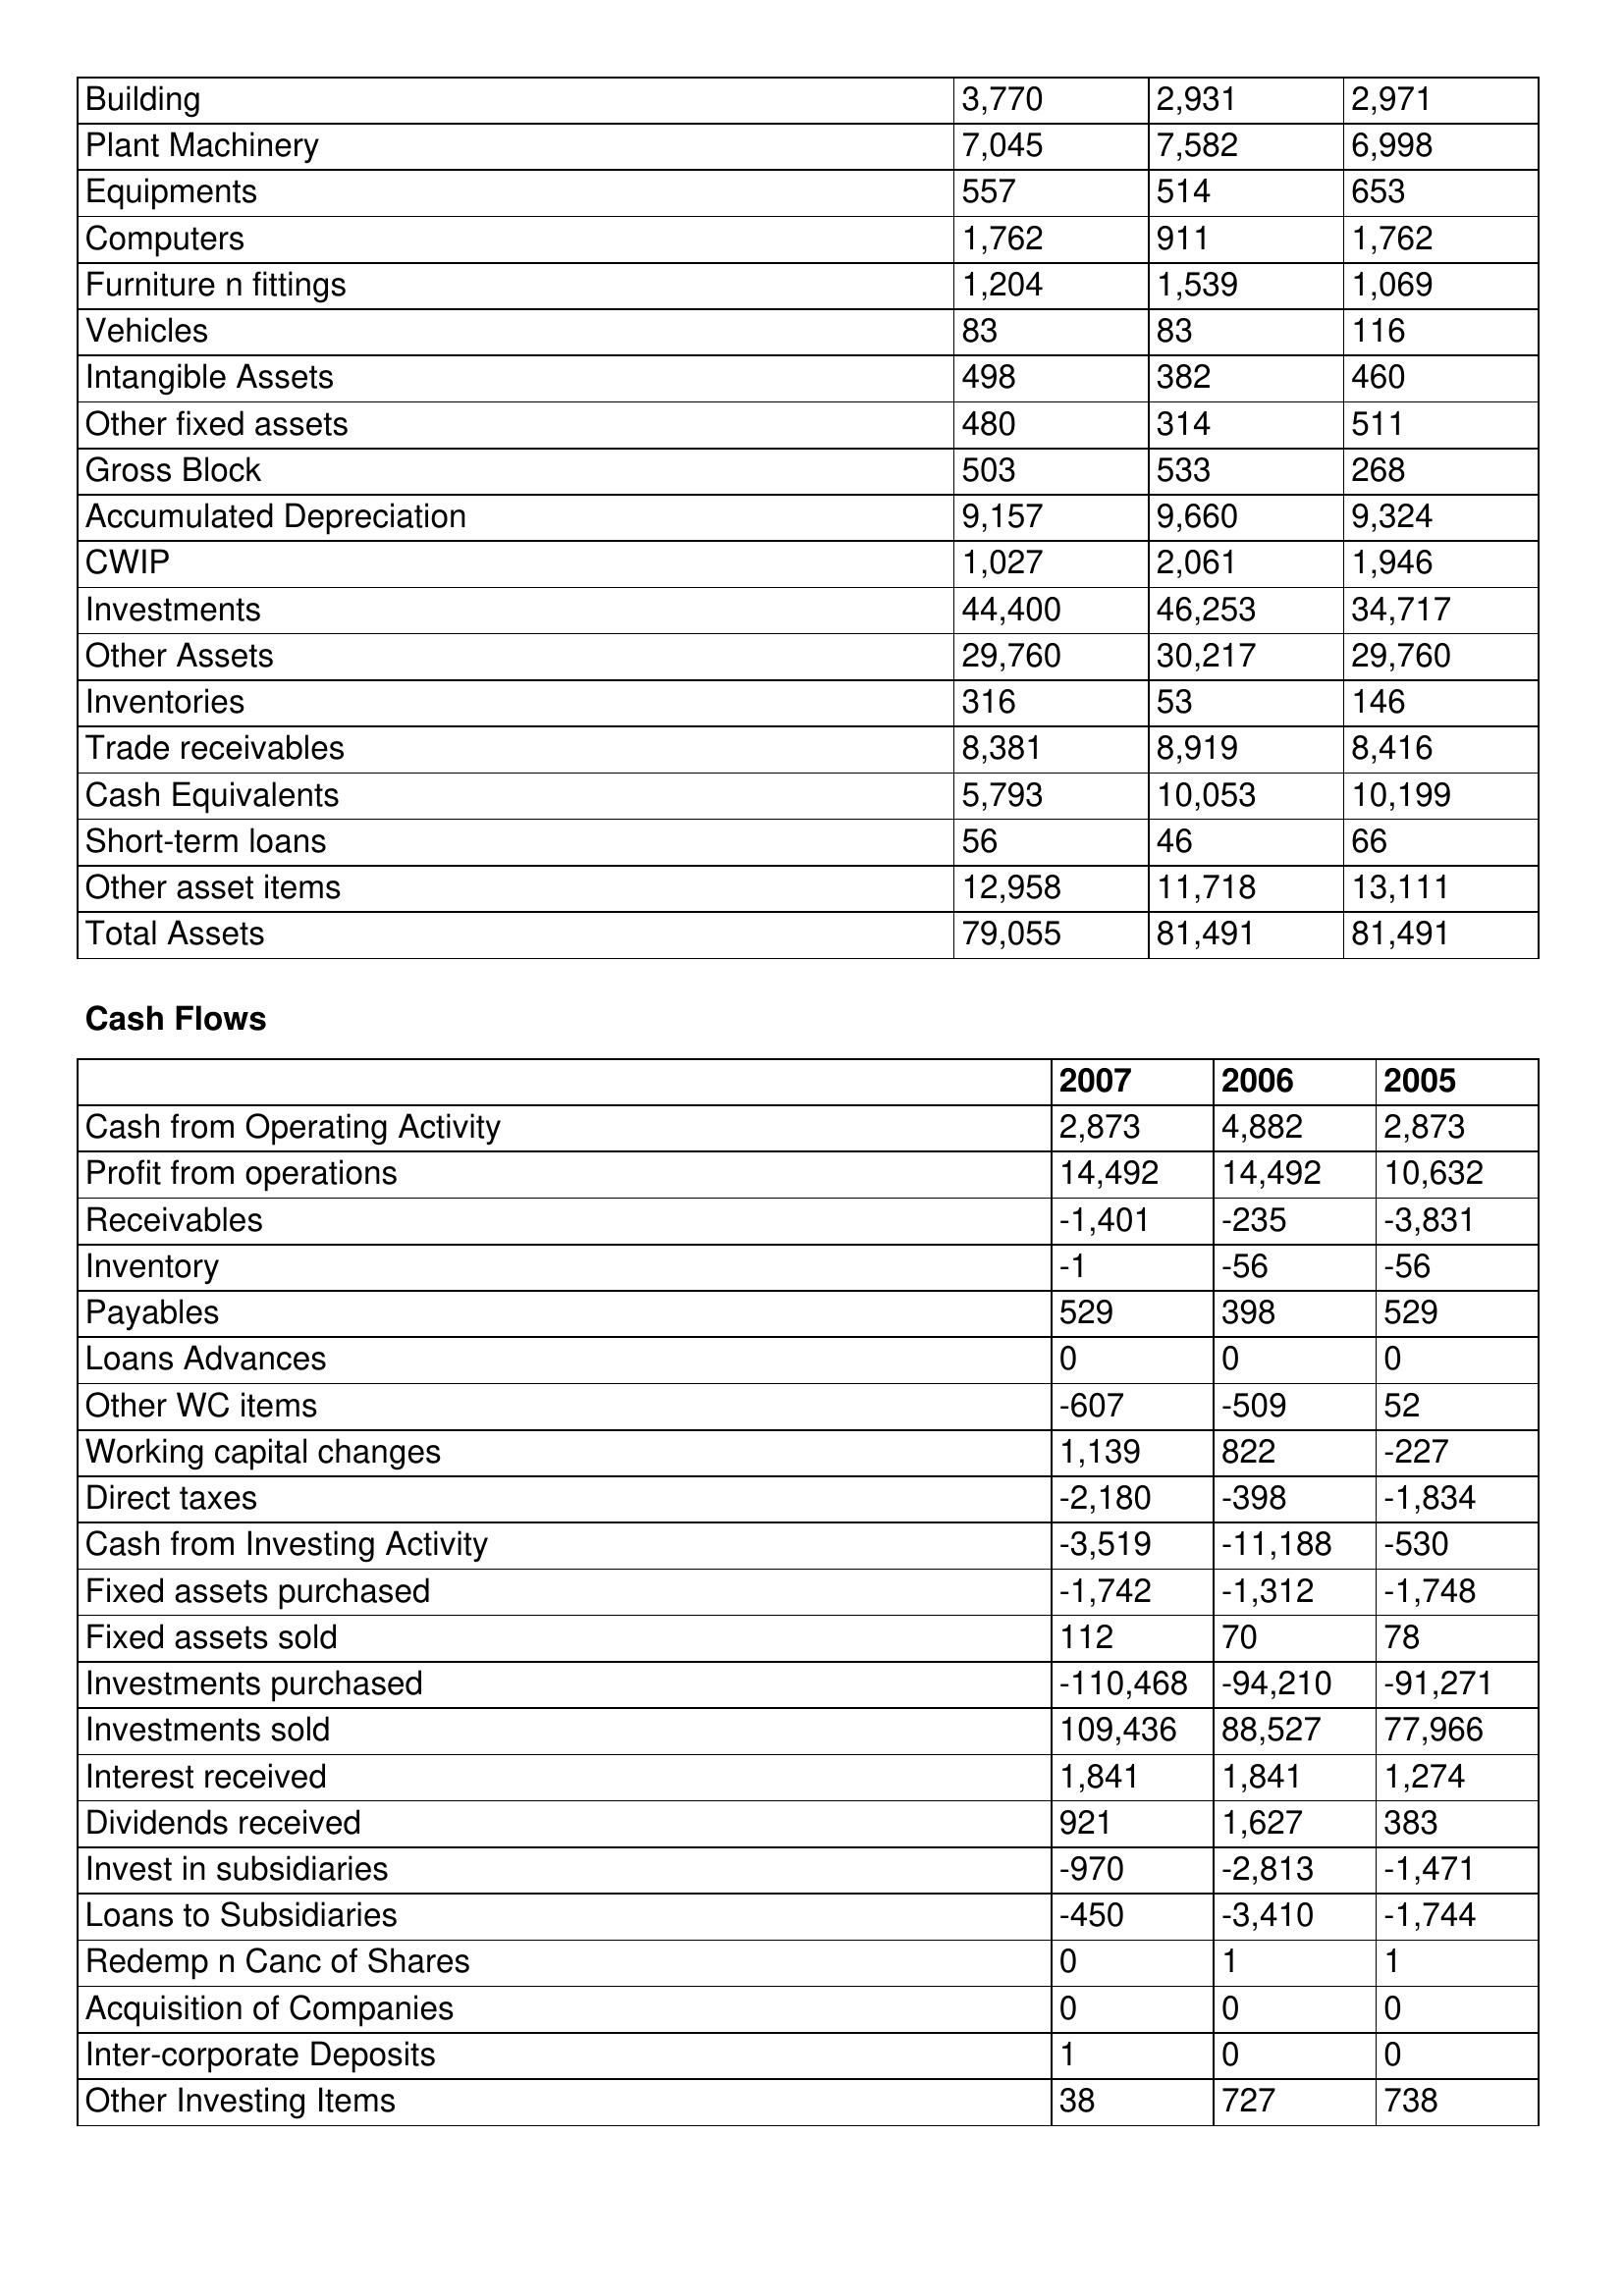
gt_parse: 2007: Balance Sheet: Building: 3,770
Plant Machinery: 7,045
Equipments: 557
Computers: 1,762
Furniture n fittings: 1,204
Vehicles: 83
Intangible Assets: 498
Other fixed assets: 480
Gross Block: 503
Accumulated Depreciation: 9,157
CWIP: 1,027
Investments: 44,400
Other Assets: 29,760
Inventories: 316
Trade receivables: 8,381
Cash Equivalents: 5,793
Short-term loans: 56
Other asset items: 12,958
Total Assets: 79,055
Cash Flows: Cash from Operating Activity: 2,873
Profit from operations: 14,492
Receivables: -1,401
Inventory: -1
Payables: 529
Loans Advances: 0
Other WC items: -607
Working capital changes: 1,139
Direct taxes: -2,180
Cash from Investing Activity: -3,519
Fixed assets purchased: -1,742
Fixed assets sold: 112
Investments purchased: -110,468
Investments sold: 109,436
Interest received: 1,841
Dividends received: 921
Invest in subsidiaries: -970
Loans to Subsidiaries: -450
Redemp n Canc of Shares: 0
Acquisition of Companies: 0
Inter-corporate Deposits: 1
Other Investing Items: 38
2006: Balance Sheet: Building: 2,931
Plant Machinery: 7,582
Equipments: 514
Computers: 911
Furniture n fittings: 1,539
Vehicles: 83
Intangible Assets: 382
Other fixed assets: 314
Gross Block: 533
Accumulated Depreciation: 9,660
CWIP: 2,061
Investments: 46,253
Other Assets: 30,217
Inventories: 53
Trade receivables: 8,919
Cash Equivalents: 10,053
Short-term loans: 46
Other asset items: 11,718
Total Assets: 81,491
Cash Flows: Cash from Operating Activity: 4,882
Profit from operations: 14,492
Receivables: -235
Inventory: -56
Payables: 398
Loans Advances: 0
Other WC items: -509
Working capital changes: 822
Direct taxes: -398
Cash from Investing Activity: -11,188
Fixed assets purchased: -1,312
Fixed assets sold: 70
Investments purchased: -94,210
Investments sold: 88,527
Interest received: 1,841
Dividends received: 1,627
Invest in subsidiaries: -2,813
Loans to Subsidiaries: -3,410
Redemp n Canc of Shares: 1
Acquisition of Companies: 0
Inter-corporate Deposits: 0
Other Investing Items: 727
2005: Balance Sheet: Building: 2,971
Plant Machinery: 6,998
Equipments: 653
Computers: 1,762
Furniture n fittings: 1,069
Vehicles: 116
Intangible Assets: 460
Other fixed assets: 511
Gross Block: 268
Accumulated Depreciation: 9,324
CWIP: 1,946
Investments: 34,717
Other Assets: 29,760
Inventories: 146
Trade receivables: 8,416
Cash Equivalents: 10,199
Short-term loans: 66
Other asset items: 13,111
Total Assets: 81,491
Cash Flows: Cash from Operating Activity: 2,873
Profit from operations: 10,632
Receivables: -3,831
Inventory: -56
Payables: 529
Loans Advances: 0
Other WC items: 52
Working capital changes: -227
Direct taxes: -1,834
Cash from Investing Activity: -530
Fixed assets purchased: -1,748
Fixed assets sold: 78
Investments purchased: -91,271
Investments sold: 77,966
Interest received: 1,274
Dividends received: 383
Invest in subsidiaries: -1,471
Loans to Subsidiaries: -1,744
Redemp n Canc of Shares: 1
Acquisition of Companies: 0
Inter-corporate Deposits: 0
Other Investing Items: 738